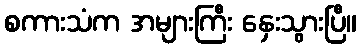
စကားသံက အများကြီး နှေးသွားပြီ။